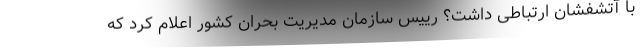
با آتشفشان ارتباطی داشت؟ رییس سازمان مدیریت بحران کشور اعلام کرد که